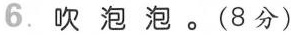
6.吹泡泡。(8分)